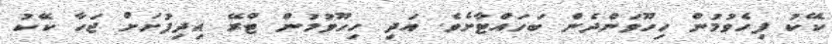
ކޭކު ފިހެވުމުން ހިހޫވަންދެން ބަހައްޓާށެވެ. އަދި ހިހޫވުމުން ޓްރޭ އިދިފުށަށް ޖަހާ ކޭކު